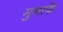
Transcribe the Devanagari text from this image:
मुनाफें